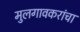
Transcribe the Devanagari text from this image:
मुलगावकरांचा